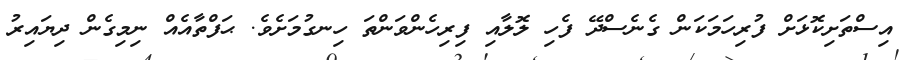
އިސްތަށިކޮޅަށް ފުރިހަމަކަން ގެނެސްދޭ ފެހި ލޮލާއި ފިރިހެންވަންތަ ހިނގުމަށެވެ. ޙަފްތާއެއް ނިމިގެން ދިޔައިރު